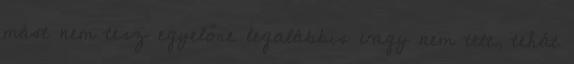
mást nem tesz egyelőre legalábbis vagy nem tett, tehát